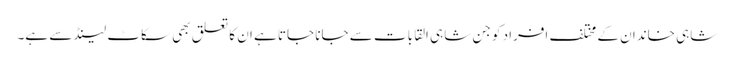
شاہی خاندان کے مختلف افراد کو جن شاہی القابات سے جانا جاتا ہے ان کا تعلق بھی سکاٹ لینڈ سے ہے۔